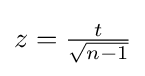
{\textstyle z={\frac {t}{\sqrt {n-1}}}}